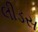
લીડસ